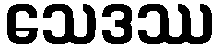
သေဒဿ